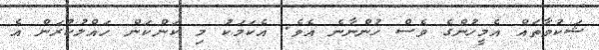
ޝަކުވާތައް އެމީހުންގެ ވެސް ހުންނާނެ އެވެ. އެކަމަކު މި ކަންކަން ހައްލުކުރަން އެ